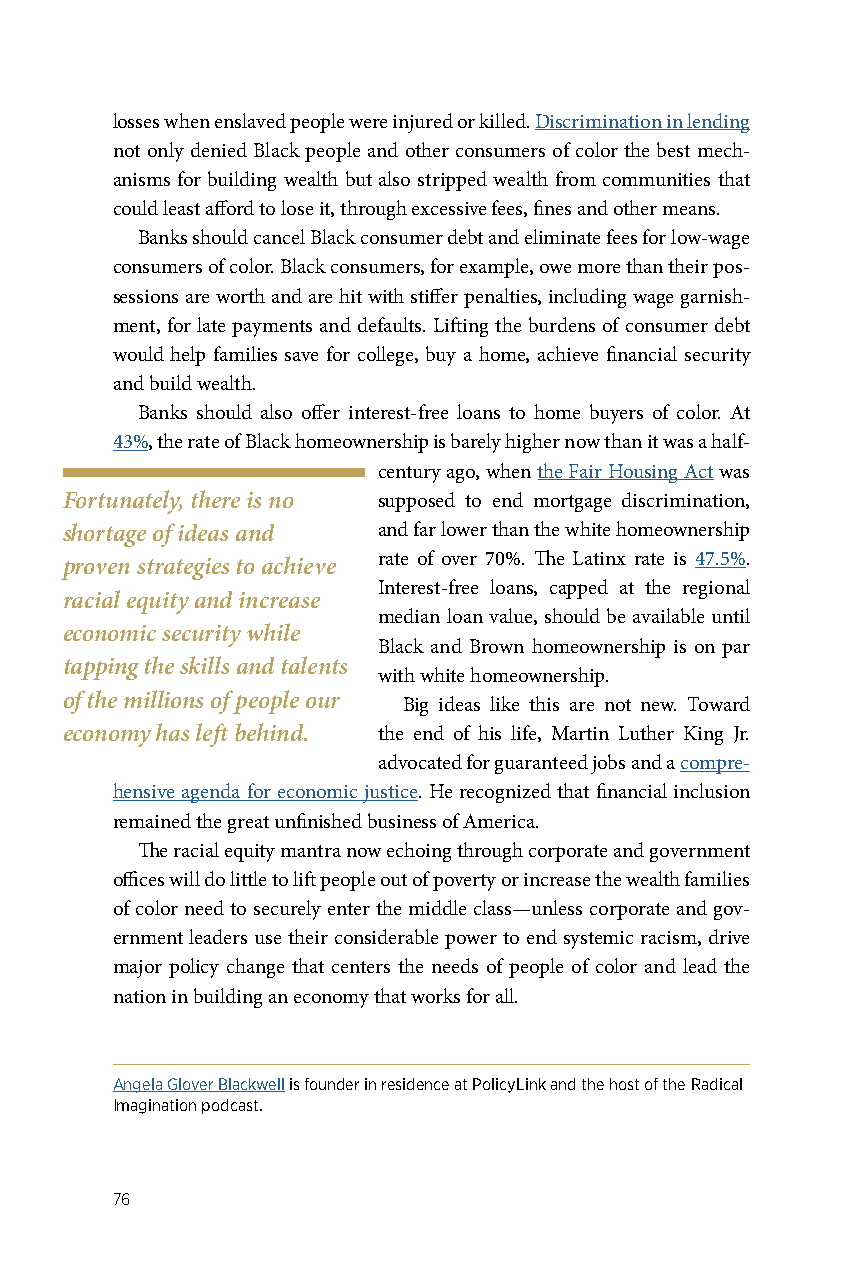
losses when enslaved people were injured or killed. Discrimination in lending
 not only denied Black people and other consumers of color the best mech-
 anisms for building wealth but also stripped wealth from communities that
 could least afford to lose it, through excessive fees, fines and other means.
 Banks should cancel Black consumer debt and eliminate fees for low-wage
 consumers of color. Black consumers, for example, owe more than their pos-
 sessions are worth and are hit with stiffer penalties, including wage garnish-
 ment, for late payments and defaults. Lifting the burdens of consumer debt
 would help families save for college, buy a home, achieve financial security
 and build wealth.
 Banks should also offer interest-free loans to home buyers of color. At
 43%, the rate of Black homeownership is barely higher now than it was a half-
 century ago, when the Fair Housing Act was
 Fortunately, there is no supposed to end mortgage discrimination,
 shortage of ideas and and far lower than the white homeownership
 rate of over 70%. The Latinx rate is 47.5%.
 proven strategies to achieve
 Interest-free loans, capped at the regional
 racial equity and increase
 median loan value, should be available until
 economic security while
 Black and Brown homeownership is on par
 tapping the skills and talents
 with white homeownership.
 of the millions of people our Big ideas like this are not new. Toward
 economy has left behind. the end of his life, Martin Luther King Jr.
 advocated for guaranteed jobs and a compre-
 hensive agenda for economic justice. He recognized that financial inclusion
 remained the great unfinished business of America.
 The racial equity mantra now echoing through corporate and government
 offices will do little to lift people out of poverty or increase the wealth families
 of color need to securely enter the middle class—unless corporate and gov-
 ernment leaders use their considerable power to end systemic racism, drive
 major policy change that centers the needs of people of color and lead the
 nation in building an economy that works for all.
 Angela Glover Blackwell is founder in residence at PolicyLink and the host of the Radical
 Imagination podcast.
 76